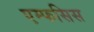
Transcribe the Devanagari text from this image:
एम्फसिस